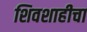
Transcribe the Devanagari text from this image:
शिवशाहीचा